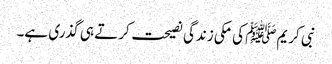
نبی کریمﷺ کی مکی زندگی نصیحت کرتے ہی گذری ہے۔